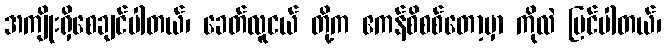
အကျိုးရှိစေချင်ပါတယ်၊ ခေတ်လူငယ် တို့က ဧကန်စိစစ်တော့မှာ ကိုလဲ မြင်ပါတယ်၊